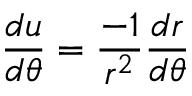
{ \frac { d u } { d \theta } } = { \frac { - 1 } { r ^ { 2 } } } { \frac { d r } { d \theta } }